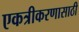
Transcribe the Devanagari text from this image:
एकत्रीकरणासाठी